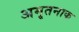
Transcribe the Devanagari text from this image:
अमृतनाक